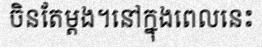
ចិនតែម្តង។នៅក្នុងពេលនេះ